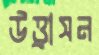
উত্ত্রাসন